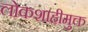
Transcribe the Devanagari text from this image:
लोकशाहीमुक्त